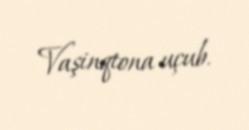
Vaşinqtona uçub.